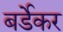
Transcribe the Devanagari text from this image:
बर्डेकर